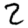
Digit: 2